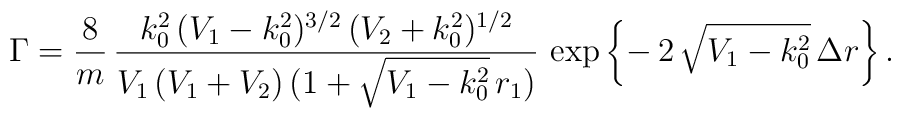
\Gamma = \frac{8}{m}\,\frac{k_{0}^{2}\,(V_{1} -k_{0}^{2})^{3/2}\,(V_{2} + k_{0}^{2})^{1/2}}{V_{1}\,(V_{1} +V_{2})\,(1 + \sqrt{V_{1} - k_{0}^{2}}\,r_{1})} \, \exp\left\{-\,2\,\sqrt{V_{1} - k_{0}^{2}}\,\Delta r \right\}.